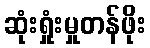
ဆုံးရှုံးမှုတန်ဖိုး